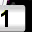
Digit: 1